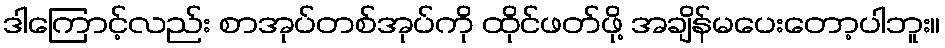
ဒါကြောင့်လည်း စာအုပ်တစ်အုပ်ကို ထိုင်ဖတ်ဖို့ အချိန်မပေးတော့ပါဘူး။